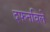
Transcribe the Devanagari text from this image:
दफनविले